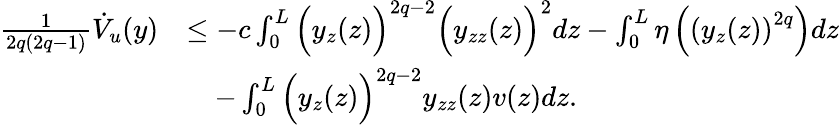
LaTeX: \begin{array}{rl}{\frac{1}{2q(2q-1)}\dot{V}_{u}(y)}&{\leq-c\int_{0}^{L}\Big(y_{z}(z)\Big)^{2q-2}\Big(y_{zz}(z)\Big)^{2}dz-\int_{0}^{L}\eta\left(\left(y_{z}(z)\right)^{2q}\right)dz}\\ &{\quad-\int_{0}^{L}\Big(y_{z}(z)\Big)^{2q-2}y_{zz}(z)v(z)dz.}\end{array}